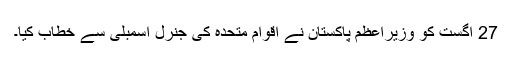
27 اگست کو وزیراعظم پاکستان نے اقوام متحدہ کی جنرل اسمبلی سے خطاب کیا۔